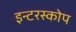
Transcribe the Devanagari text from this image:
इन्टरस्कोप